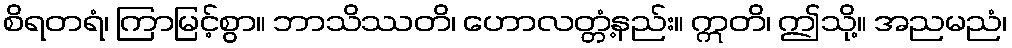
စိရတရံ၊ ကြာမြင့်စွာ။ ဘာသိဿတိ၊ ဟောလတ္တံ့နည်း။ ဣတိ၊ ဤသို့။ အညမညံ၊